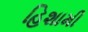
હિશામી